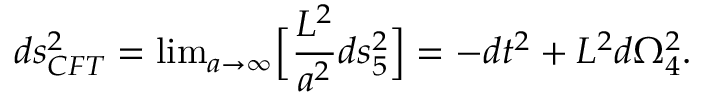
d s _ { C F T } ^ { 2 } = \mathrm { l i m } _ { a \rightarrow \infty } \Big [ { \frac { L ^ { 2 } } { a ^ { 2 } } } d s _ { 5 } ^ { 2 } \Big ] = - d t ^ { 2 } + L ^ { 2 } d \Omega _ { 4 } ^ { 2 } .